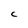
Character: C